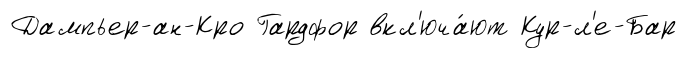
Дампьер-ан-Кро Гардфор вкл'юча́ют Кур-л'е-Бар